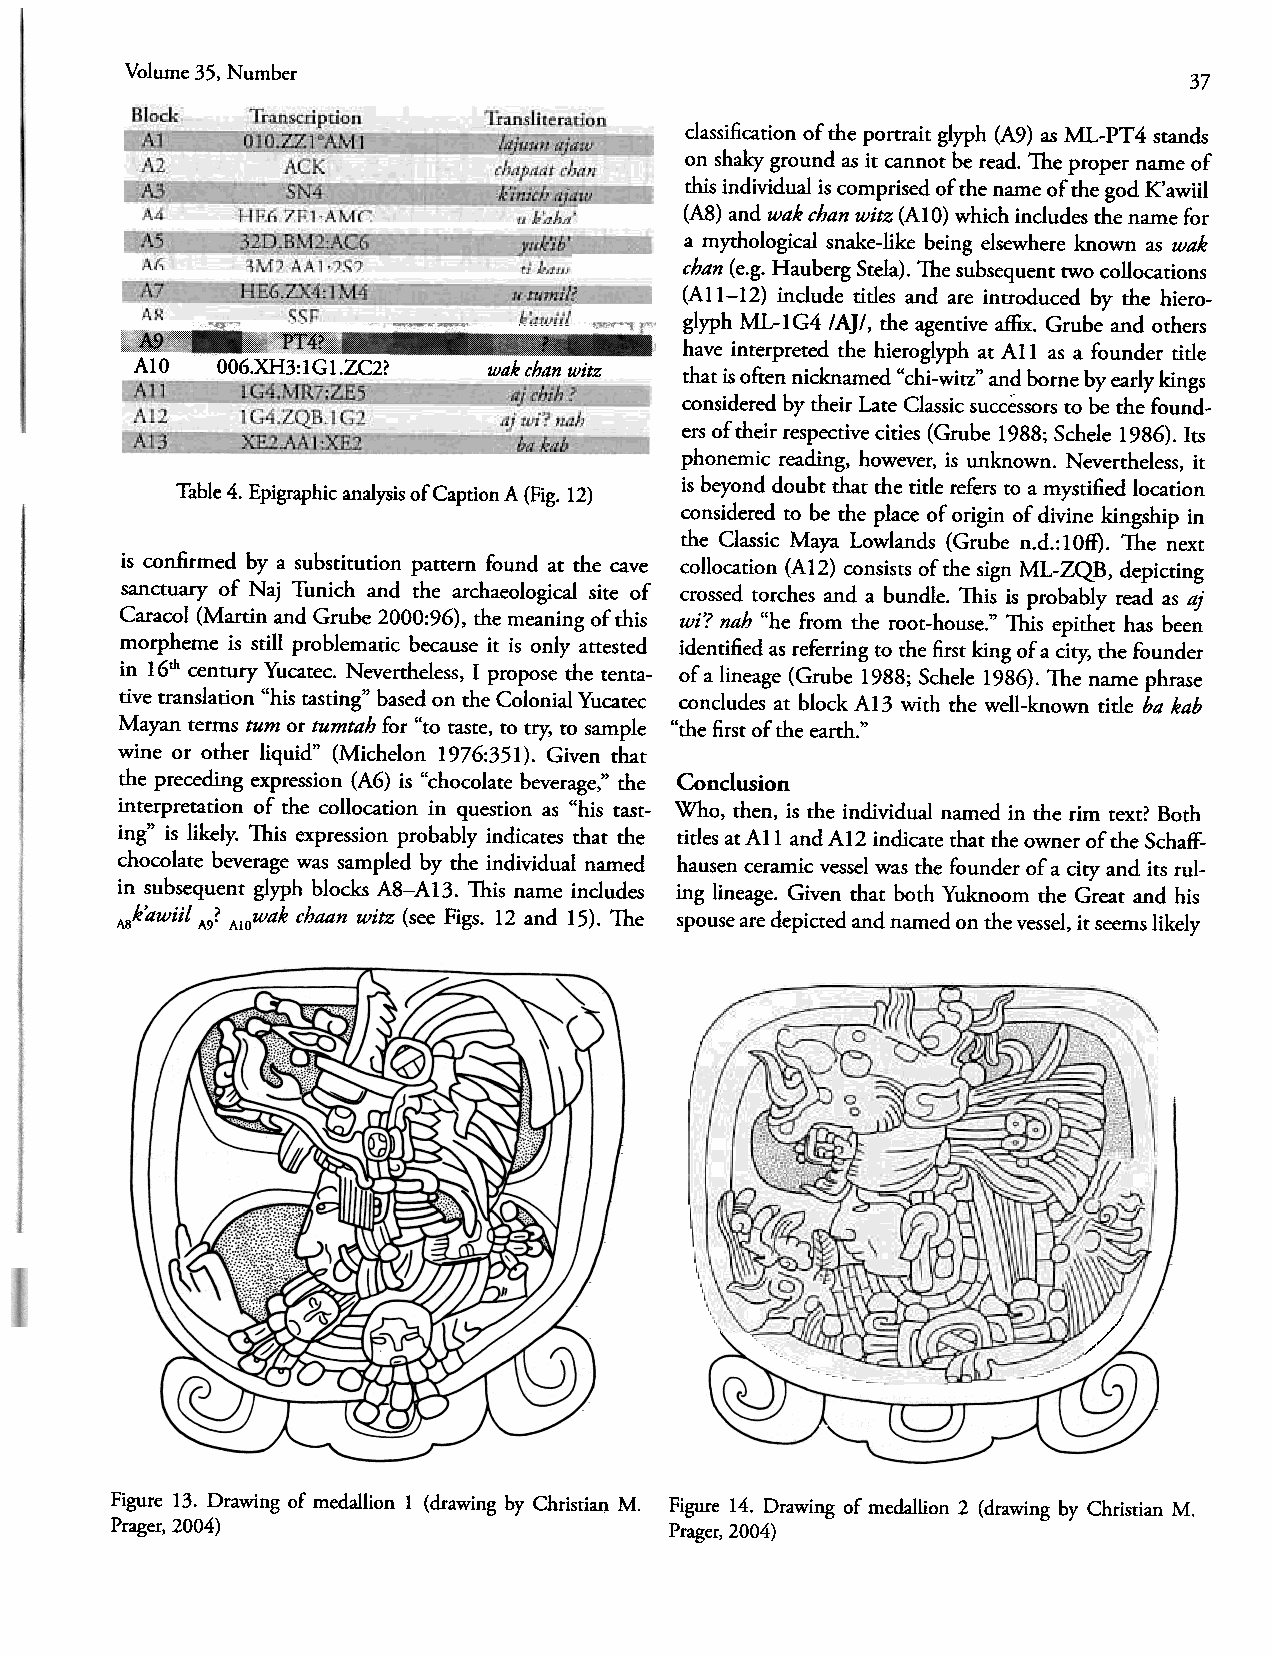
Volume 35, Number                                                      37
 classification of the portrait glyph asM L-PT4 stands
 (A9)
 on shaky ground as it cannot be lead. The proper name of
 chis individual is comprised of the name of the god K'awiil
 (A8) and wak chan witz (AIO) which includes the name für
 a mythological snake-like being elsewhere known as wak
 chan (e.g. Hauberg Stela). The subsequentt wo collocations
 (AII-12) include tides and are introduced by the hiero-
 glyph ML-IG4 IA]I, the agentive affix. Grube and others
 0O6.XH3:1 G 1.ZC2? wakc hanw itz have interpreted the hieroglyph at All as a founder tide
 AIO                                 that is onen nicknamed "chi-witz" and borne by early kings
 consideredb y their Late Classics uccessorsto be the found-
 ers of their respectivec ities (Grube 1988; Schele 1986). Its
 phonemic reading, however, is unknown. Nevertheless, it
 is beyond doubt that the tide refers to a mystified location
 Table 4. Epigraphic analysiso f Caption A (Fig. 12)
 considered to be the place of origin of divine kingship in
 the Classic Maya Lowlands (Grube n.d.:IOff). The next
 is confirmed by a substitution pattern found at the cave collocation (AI2) consists of the sign ML-ZQB, depicting
 sanctuary of Naj Tunich and the archaeological sire of crossed torches and a bündle. This is probably lead as aj
 Caracol( Martin and Grube 2000:96),t he meaningo f this
 wi'? nah "he flom the root-house." This epithet has been
 morpheme is still problematic because it is only attested identified as referring to the first king of a city, the founder
 in 16th century Yucatec. Nevertheless,I prop ose the tenta-
 of a lineage (Grube 1988; Schele 1986). The name phrase
 tive translation "his tasting" basedo n the Colonial Yucatec
 concludes at block AI3 wirb the well-known tide ba kab
 Mayan terms tum or tumtahf ür "to taste,t o try, to sampIe
 "the first of the earth."
 wille or other liquid" (Michelon 1976:351). Given that
 the preceding expression( A6) is "chocolate beverage,"t he Conclusion
 interpretation of the collocation in question as "his tast-
 ing" is likely. This expression probably indicates that the Who, then, is the individual named in the Tim text? Both
 chocolateb everagew ass ampledb y the individual named titles at All and Al2 indicate that the owner of the Schaff-
 in subsequent glyph blocks A8-AI3.   hausen ceramic vessel was the founder of a city and its rul-
 ing lineage. Given that born Yuknoom the Great and his
 This name includes
 ABk'awiil A9? AIOwak chaan witz (see Figs. 12 and 15). The spousea re depicted and named on the vessel,i t seemsl ikely
 ~
 /
 Figure 13. Drawing of medallion 1 (drawing by Christian M. Figure 14. Drawing of medallion 2 (drawing by Christian M.
 Prager, 2004)                        Frager, 2004)